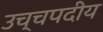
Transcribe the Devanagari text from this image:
उच्चपदीय